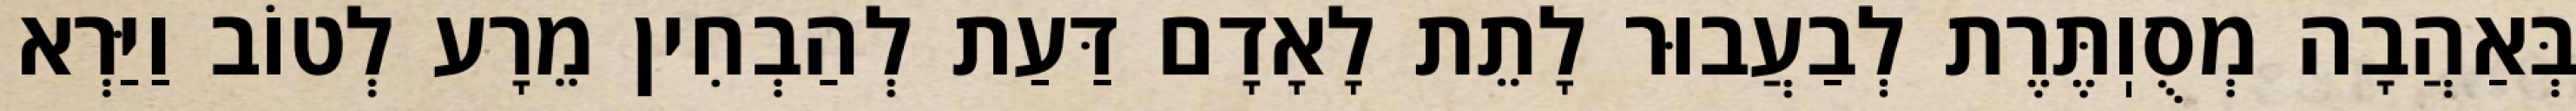
בְּאַהֲבָה מְסֻוֽתֶּרֶת לְבַעֲבוּר לָתֵת לָאָדָם דַּעַת לְהַבְחִין מֵרָע לְטוֹב וַיַּרְא